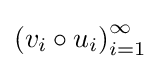
\left(v_{i}\circ u_{i}\right)_{i=1}^{\infty }